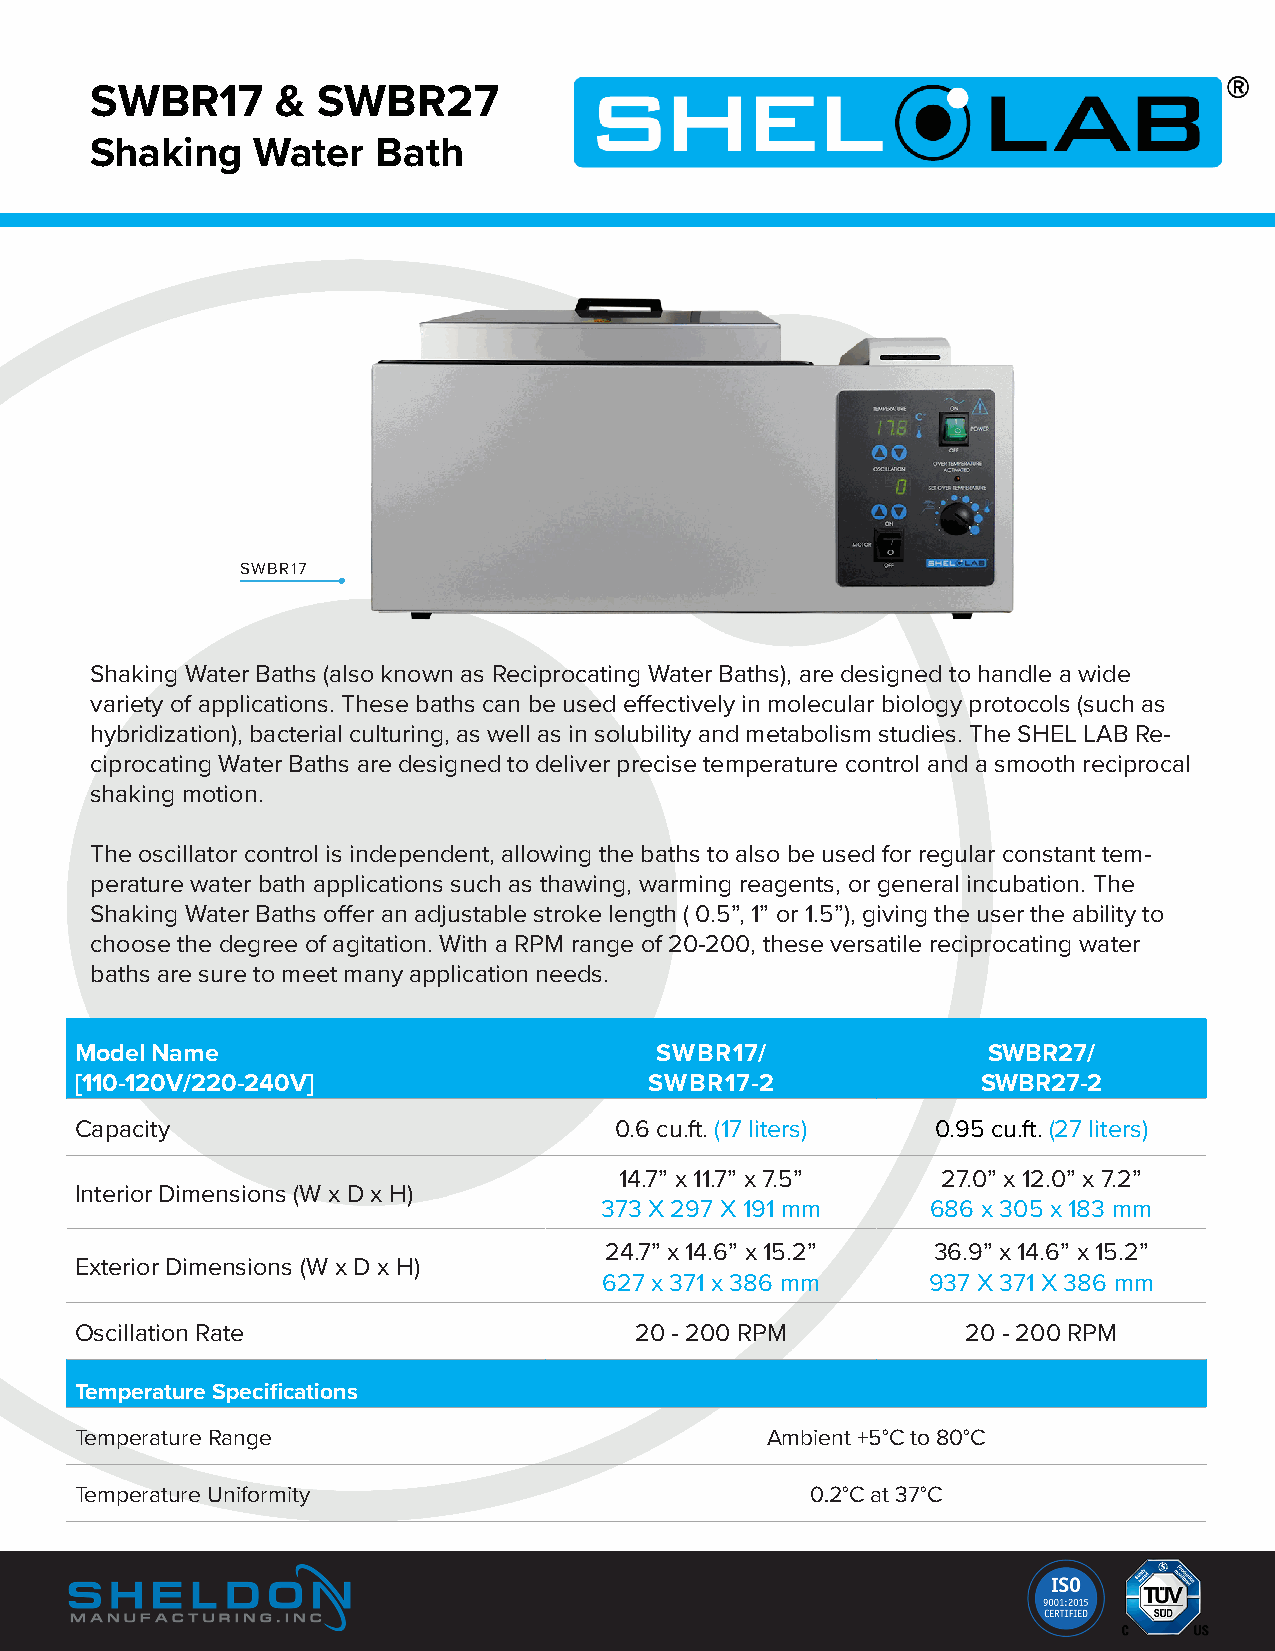
SWBR17      &  SWBR27
 Shaking    Water   Bath
 SWBR17
 Shaking Water Baths (also known as Reciprocating Water Baths), are designed to handle a wide
 variety of applications. These baths can be used effectively in molecular biology protocols (such as
 hybridization), bacterial culturing, as well as in solubility and metabolism studies. The SHEL LAB Re-
 ciprocating Water Baths are designed to deliver precise temperature control and a smooth reciprocal
 shaking motion.
 The oscillator control is independent, allowing the baths to also be used for regular constant tem-
 perature water bath applications such as thawing, warming reagents, or general incubation. The
 Shaking Water Baths offer an adjustable stroke length ( 0.5”, 1” or 1.5”), giving the user the ability to
 choose the degree of agitation. With a RPM range of 20-200, these versatile reciprocating water
 baths are sure to meet many application needs.
 Model Name                            SWBR17/               SWBR27/
 [110-120V/220-240V]                   SWBR17-2              SWBR27-2
 Capacity                            0.6 cu.ft. (17 liters) 0.95 cu.ft. (27 liters)
 14.7” x 11.7” x 7.5” 27.0” x 12.0” x 7.2”
 Interior Dimensions (W x D x H)
 373 X 297 X 191 mm    686 x 305 x 183 mm
 24.7” x 14.6” x 15.2” 36.9” x 14.6” x 15.2”
 Exterior Dimensions (W x D x H)
 627 x 371 x 386 mm   937 X 371 X 386 mm
 Oscillation Rate                     20 - 200 RPM          20 - 200 RPM
 Temperature Specifications
 Temperature Range                             Ambient +5°C to 80°C
 Temperature Uniformity                           0.2°C at 37°C